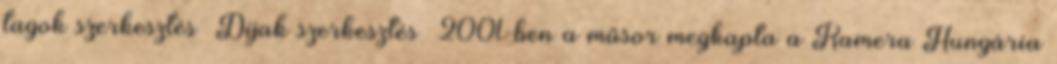
tagok szerkesztés Díjak szerkesztés 2001-ben a műsor megkapta a Kamera Hungária